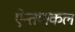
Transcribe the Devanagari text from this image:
ऐन्तणकल